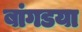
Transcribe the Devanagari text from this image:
बांगडया